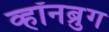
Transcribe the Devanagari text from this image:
व्हॉनब्रुग